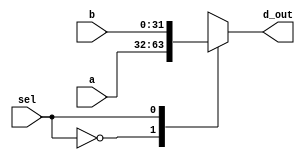
module mx2(a, b, sel, d_out); // 2-to-1 Mux
input	[31:0] a, b;
input sel; // sel(select signal)
output reg [31:0] d_out; 
	
always@(sel, a, b)
	begin
		case(sel)
			1'b0 : d_out = a;
			1'b1 : d_out = b;
			default : d_out = 32'bx;
		endcase
	end
endmodule